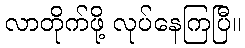
လာတိုက်ဖို့ လုပ်နေကြပြီ။